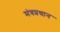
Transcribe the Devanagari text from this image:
मंत्रप्रधान